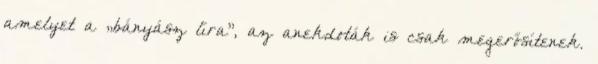
amelyet a „bányász líra”, az anekdoták is csak megerősítenek.